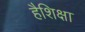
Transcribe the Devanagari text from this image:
हैशिक्षा